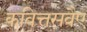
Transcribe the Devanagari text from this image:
कवित्तसवैए